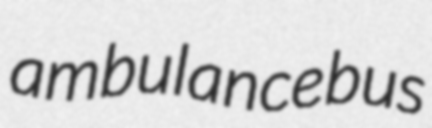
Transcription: ambulance bus